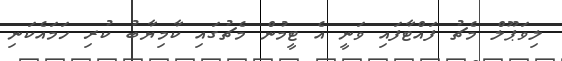
ލިވަޕޫލް މެޗު ފައްޓާފައި ވަނީ އެ ޓީމުން މެޗުގައި ކާމިޔާބު ކުރި ހަމައެކަނި